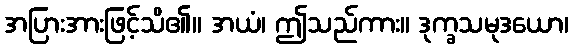
အပြားအားဖြင့်သိ၏။ အယံ၊ ဤသည်ကား။ ဒုက္ခသမုဒယော၊